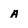
Character: a